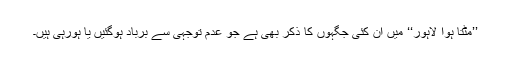
’’مٹتا ہوا لاہور‘‘ میں ان کئی جگہوں کا ذکر بھی ہے جو عدم توجہی سے برباد ہوگئیں یا ہورہی ہیں۔